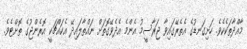
މާއްދާތަކެކެވެ. ހަށިގަނޑުގެ އެތެރޭގައިވާ ޖަރާސީމު އެންމެ އެދެވޭގޮތަށް ނައްތާލައިދޭ އެކައްޗަކީ އޮރެންޖުގެ ތޮށްޓެވެ.